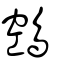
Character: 鵼